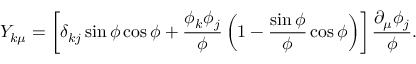
Y _ { k \mu } = \left[ \delta _ { k j } \sin \phi \cos \phi + \frac { \phi _ { k } \phi _ { j } } { \phi } \left( 1 - \frac { \sin \phi } { \phi } \cos \phi \right) \right] \frac { \partial _ { \mu } \phi _ { j } } { \phi } .